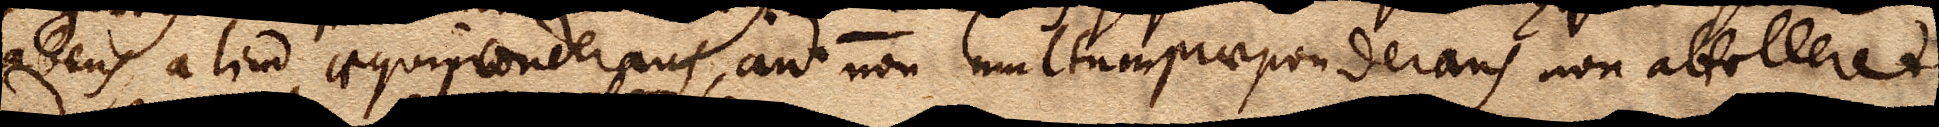
cadens aliud aequiponderans, aut non multumpraeponderans non attolleret